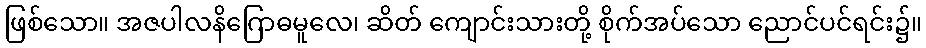
ဖြစ်သော။ အဇပါလနိဂြောဓမူလေ၊ ဆိတ် ကျောင်းသားတို့ စိုက်အပ်သော ညောင်ပင်ရင်း၌။